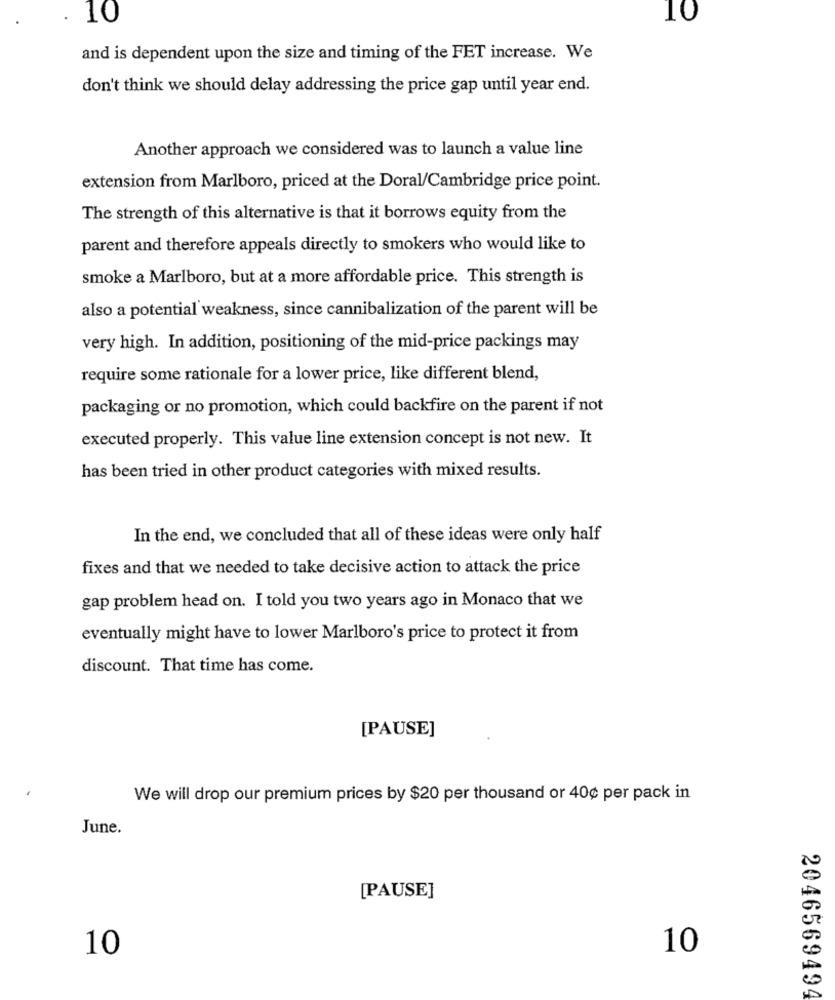
10
10
and is dependent upon the size and timing of the FET increase. We
don't think we should delay addressing the price gap until year end.
Another approach we considered was to launch a value line
extension from Marlboro, priced at the Doral/Cambridge price point.
The strength of this alternative is that it borrows equity from the
parent and therefore appeals directly to smokers who would like to
smoke a Marlboro, but at a more affordable price. This strength is
also a potential weakness, since cannibalization of the parent will be
very high. In addition, positioning of the mid-price packings may
require some rationale for a lower price, like different blend,
packaging or no promotion, which could backfire on the parent if not
executed properly. This value line extension concept is not new. It
has been tried in other product categories with mixed results.
In the end, we concluded that all of these ideas were only half
fixes and that we needed to take decisive action to attack the price
gap problem head on. I told you two years ago in Monaco that we
eventually might have to lower Marlboro's price to protect it from
discount. That time has come.
[PAUSE]
We will drop our premium prices by $20 per thousand or 40¢ per pack in
June.
[PAUSE]
10
10
2046569494